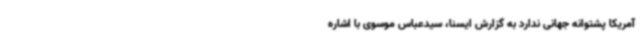
آمریکا پشتوانه جهانی ندارد به گزارش ایسنا، سیدعباس موسوی با اشاره